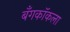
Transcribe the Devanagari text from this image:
बँगकॉकला